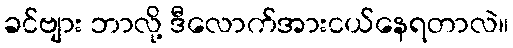
ခင်ဗျား ဘာလို့ ဒီလောက်အားငယ်နေရတာလဲ။